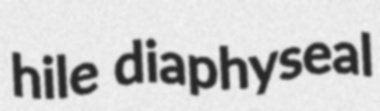
hile diaphyseal